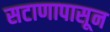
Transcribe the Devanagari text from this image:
सटाणापासून